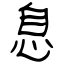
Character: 息